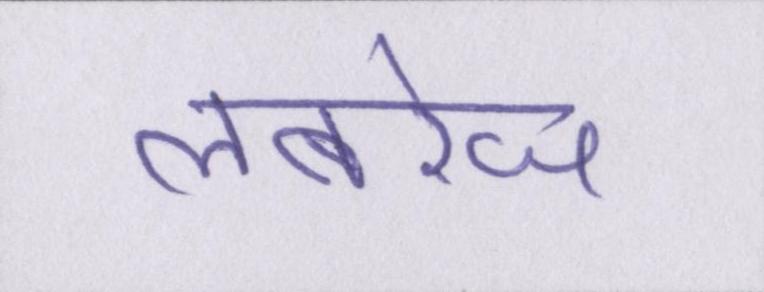
लबरेज